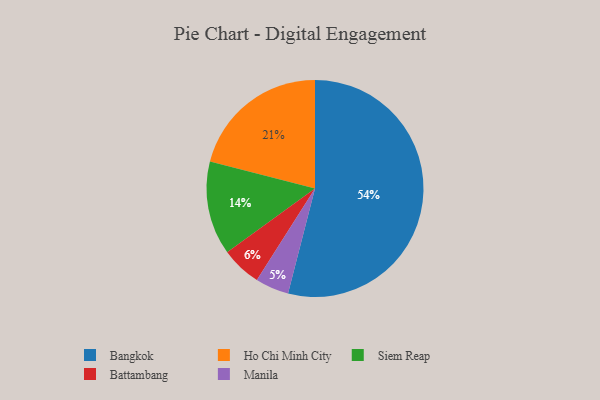
{"axis": {"x": "Category", "y": "Percentage"}, "legend": ["Bangkok", "Battambang", "Ho Chi Minh City", "Manila", "Siem Reap"], "data": [{"x": "Manila", "y": 5, "type": "Manila"}, {"x": "Siem Reap", "y": 14, "type": "Siem Reap"}, {"x": "Ho Chi Minh City", "y": 21, "type": "Ho Chi Minh City"}, {"x": "Bangkok", "y": 54, "type": "Bangkok"}, {"x": "Battambang", "y": 6, "type": "Battambang"}]}